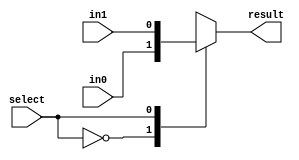
`timescale 1ns / 1ps
//////////////////////////////////////////////////////////////////////////////////
// Company: 
// Engineer: 
// 
// Design Name: 
// Module Name:    mux_2_to_1 
// Project Name: 
// Target Devices: 
// Tool versions: 
// Description: 
//
// Dependencies: 
//
// Revision: 
// Revision 0.01 - File Created
// Additional Comments: 
//
//////////////////////////////////////////////////////////////////////////////////
module mux_2_to_1 #(parameter DATA_WIDTH=1)( output reg[DATA_WIDTH-1:0] result,input[DATA_WIDTH-1:0]in0,input[DATA_WIDTH-1:0]in1, input select);
	always @(in0,in1,select) begin
		case(select)
			1'b0: result = in0; 
			1'b1: result = in1;
		endcase
	end
endmodule

module mux_4_to_1 #(parameter DATA_WIDTH=1)(output reg[DATA_WIDTH-1:0] result, input[DATA_WIDTH-1:0] in0,in1,in2,in3, input[1:0]select);
	always @(in0,in1,in2,in3,select) begin
		case(select)
			2'b00: result = in0; 
			2'b01: result = in1; 
			2'b10: result = in2; 
			2'b11: result = in3;
		endcase
	end
endmodule